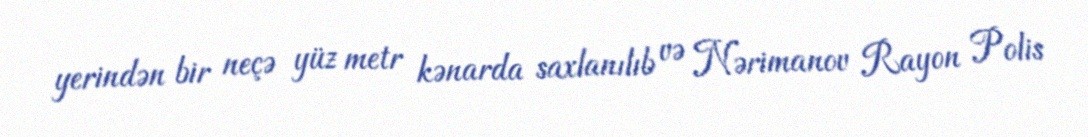
yerindən bir neçə yüz metr kənarda saxlanılıb və Nərimanov Rayon Polis